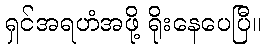
ရှင်အရဟံအဖို့ ရိုးနေပေပြီ။